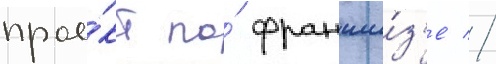
прое́кт по́ франши́з'е //